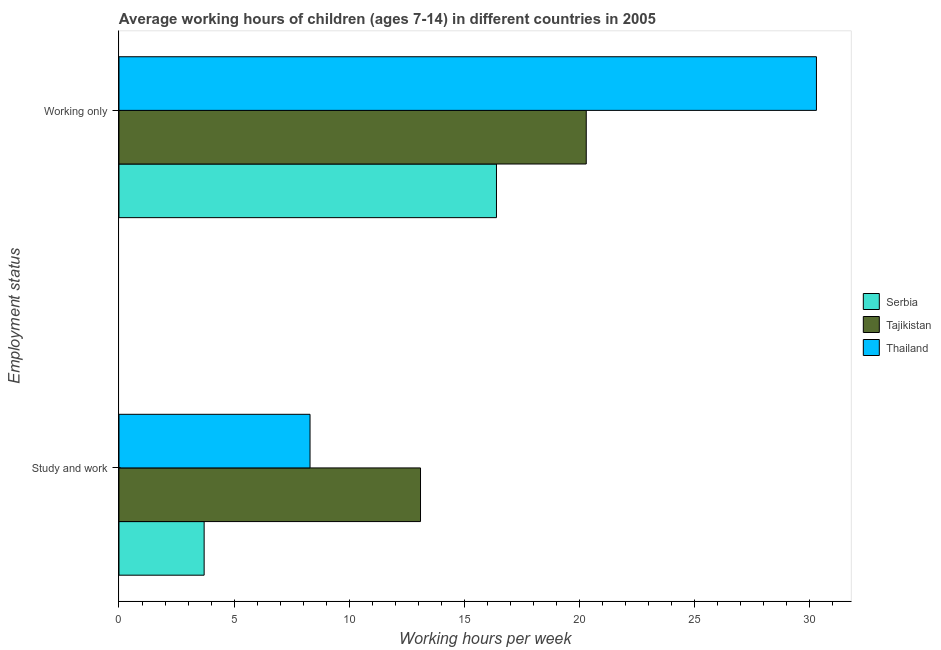
| Employment status | Serbia | Tajikistan | Thailand |
 | --- | --- | --- | --- |
 | Study and work | 3.7 | 13.1 | 8.3 |
 | Working only | 16.4 | 20.3 | 30.3 |